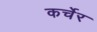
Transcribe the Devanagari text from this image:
कर्चेर